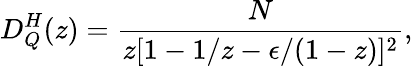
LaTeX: D_{Q}^{H}(z)=\frac{N}{z[1-1/z-\epsilon/(1-z)]^{2}},